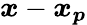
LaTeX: \boldsymbol{x}-\boldsymbol{x_{p}}